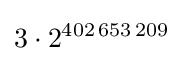
3\cdot 2^{402\,653\,209}